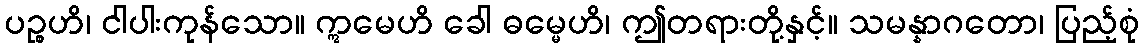
ပဉ္စဟိ၊ ငါပါးကုန်သော။ ဣမေဟိ ခေါ ဓမ္မေဟိ၊ ဤတရားတို့နှင့်။ သမန္နာဂတော၊ ပြည့်စုံ